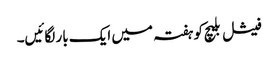
فیشل بلیچ کو ہفتہ میں ایک بار لگائیں۔